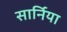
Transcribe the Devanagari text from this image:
सार्निया